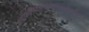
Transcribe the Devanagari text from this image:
बाह्योद्यानस्थितहरशिरश्चंद्रिकाधौतहर्म्या।।